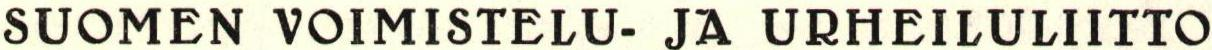
SUOMEN VOIMISTELU- JA URHEILULIITTO